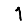
Digit: 1